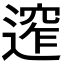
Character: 𨕠